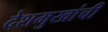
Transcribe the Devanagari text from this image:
देशमुखांची